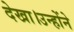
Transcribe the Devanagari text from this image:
देखा।उन्होंने